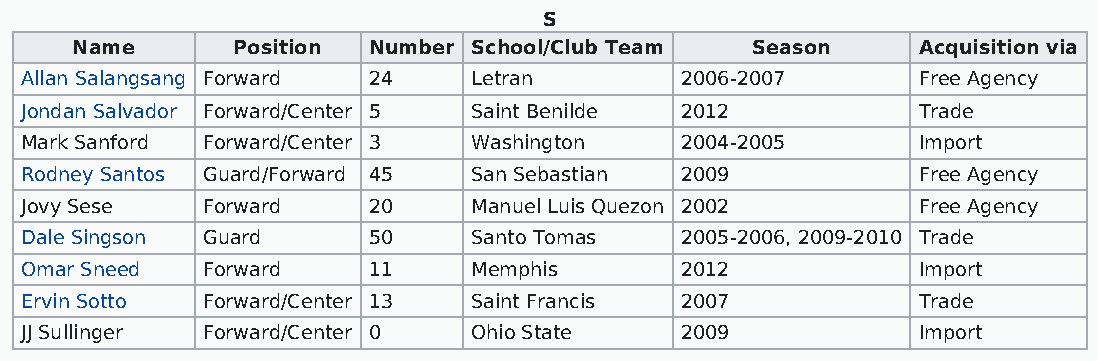
S
 Name      Position Number School/Club Team   Season     Acquisition via
 Allan Salangsang Forward 24   Letran        2006-2007       Free Agency
 Jondan Salvador Forward/Center 5 Saint Benilde 2012         Trade
 Mark Sanford Forward/Center 3 Washington    2004-2005       Import
 Rodney Santos Guard/Forward 45 San Sebastian 2009           Free Agency
 Jovy Sese   Forward    20     Manuel Luis Quezon 2002       Free Agency
 Dale Singson Guard     50     Santo Tomas   2005-2006, 2009-2010 Trade
 Omar Sneed  Forward    11     Memphis       2012            Import
 Ervin Sotto Forward/Center 13 Saint Francis 2007            Trade
 JJ Sullinger Forward/Center 0 Ohio State    2009            Import